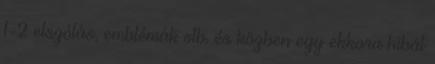
1-2 elszólás, emblémák stb. és közben egy ekkora hibát